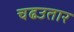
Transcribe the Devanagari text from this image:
चढउतार